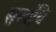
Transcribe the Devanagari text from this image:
सम्बंधि